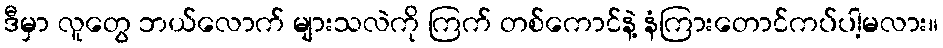
ဒီမှာ လူတွေ ဘယ်လောက် များသလဲကို ကြက် တစ်ကောင်နဲ့ နံကြားတောင်ကပ်ပါ့မလား။